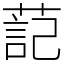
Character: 䓽